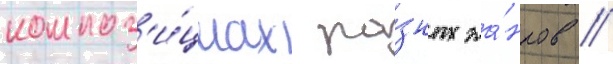
композ'и́циах ра́зных жа́нров //